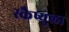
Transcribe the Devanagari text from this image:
स्कैप्युला